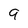
Character: 9